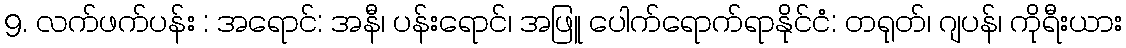
9. လက်ဖက်ပန်း : အရောင်: အနီ၊ ပန်းရောင်၊ အဖြူ ပေါက်ရောက်ရာနိုင်ငံ: တရုတ်၊ ဂျပန်၊ ကိုရီးယား